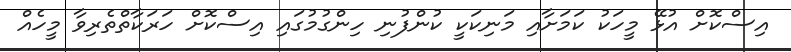
އިސްކޮށް އުޅޭ މީހަކު ކަމަށާއި މަނިކަކީ ކުންފުނި ހިންގުމުގައި އިސްކޮށް ހަރަކާތްތެރިވާ މީހެއް